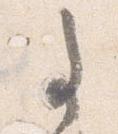
事